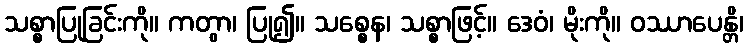
သစ္စာပြုခြင်းကို။ ကတွာ၊ ပြု၍။ သစ္စေန၊ သစ္စာဖြင့်။ ဒေဝံ၊ မိုးကို။ ဝဿာပေန္တိ၊